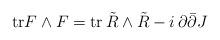
LaTeX: \begin{align*}\hbox{tr} F \wedge F = \hbox{tr} \, \tilde R \wedge \tilde R - i \, \partial \bar \partial J \,\end{align*}